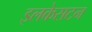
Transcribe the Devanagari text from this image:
इलकेसटन